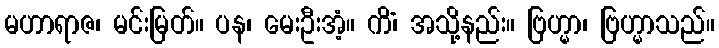
မဟာရာဇ၊ မင်းမြတ်။ ပန၊ မေးဦးအံ့။ ကိံ၊ အသို့နည်း။ ဗြဟ္မာ၊ ဗြဟ္မာသည်။